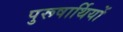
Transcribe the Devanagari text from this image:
पुरूषार्थियों